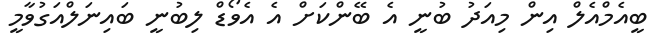
ބީއެމްއެލް އިން މިއަދު ބުނީ އެ ބޭންކަށް އެ އެވޯޑް ލިބުނީ ބައިނަލްއަގުވާމީ